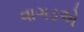
વાગડએ